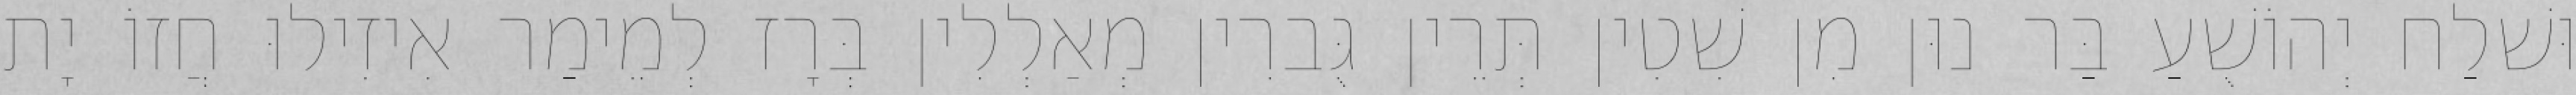
וּשׁלַח יְהוֹשֻׁעַ בַּר נוּן מִן שִׁטִין תְּרֵין גֻּברִין מְאַלְלִין בְּרָז לְמֵימַר אִיזִילוּ חֲזוֹ יָת